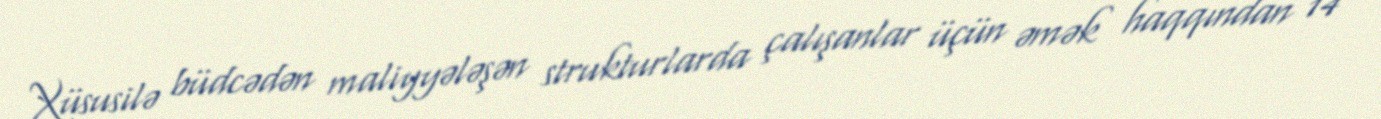
Xüsusilə büdcədən maliyyələşən strukturlarda çalışanlar üçün əmək haqqından 14